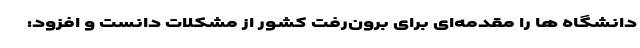
دانشگاه ها را مقدمه‌ای برای برون‌رفت کشور از مشکلات دانست و افزود: